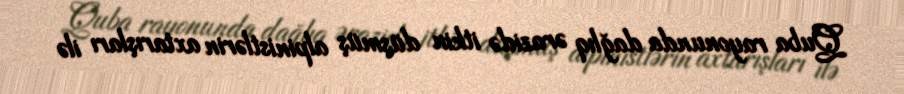
Quba rayonunda dağlıq ərazidə itkin düşmüş alpinistlərin axtarışları ilə